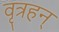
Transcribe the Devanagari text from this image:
वृत्रहन्